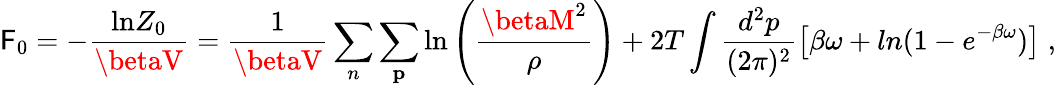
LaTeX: {\cal\mathsf{F}}_{0}=-\frac{{\mathrm{{ln}}Z_{0}}}{{\betaV}}=\frac{{1}}{{\betaV}}\sum_{n}\sum_{\mathbf{p}}\mathrm{{ln}}\left(\frac{{\betaM^{2}}}{{\rho}}\right)+2T\int\frac{{d^{2}p}}{{(2\pi)^{2}}}\left[\beta\omega+ln(1-e^{-\beta\omega})\right]\; ,